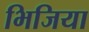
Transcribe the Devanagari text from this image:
भिजिया